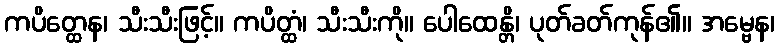
ကပိတ္ထေန၊ သီးသီးဖြင့်။ ကပိတ္ထံ၊ သီးသီးကို။ ပေါထေန္တိ၊ ပုတ်ခတ်ကုန်၏။ အမ္ဗေန၊